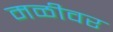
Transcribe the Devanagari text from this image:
मळीवर